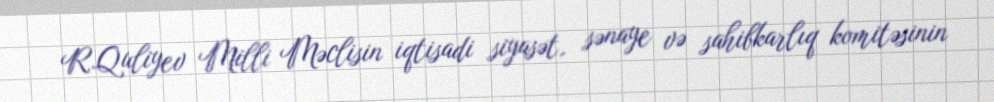
R.Quliyev Milli Məclisin iqtisadi siyasət, sənaye və sahibkarlıq komitəsinin